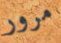
مرور